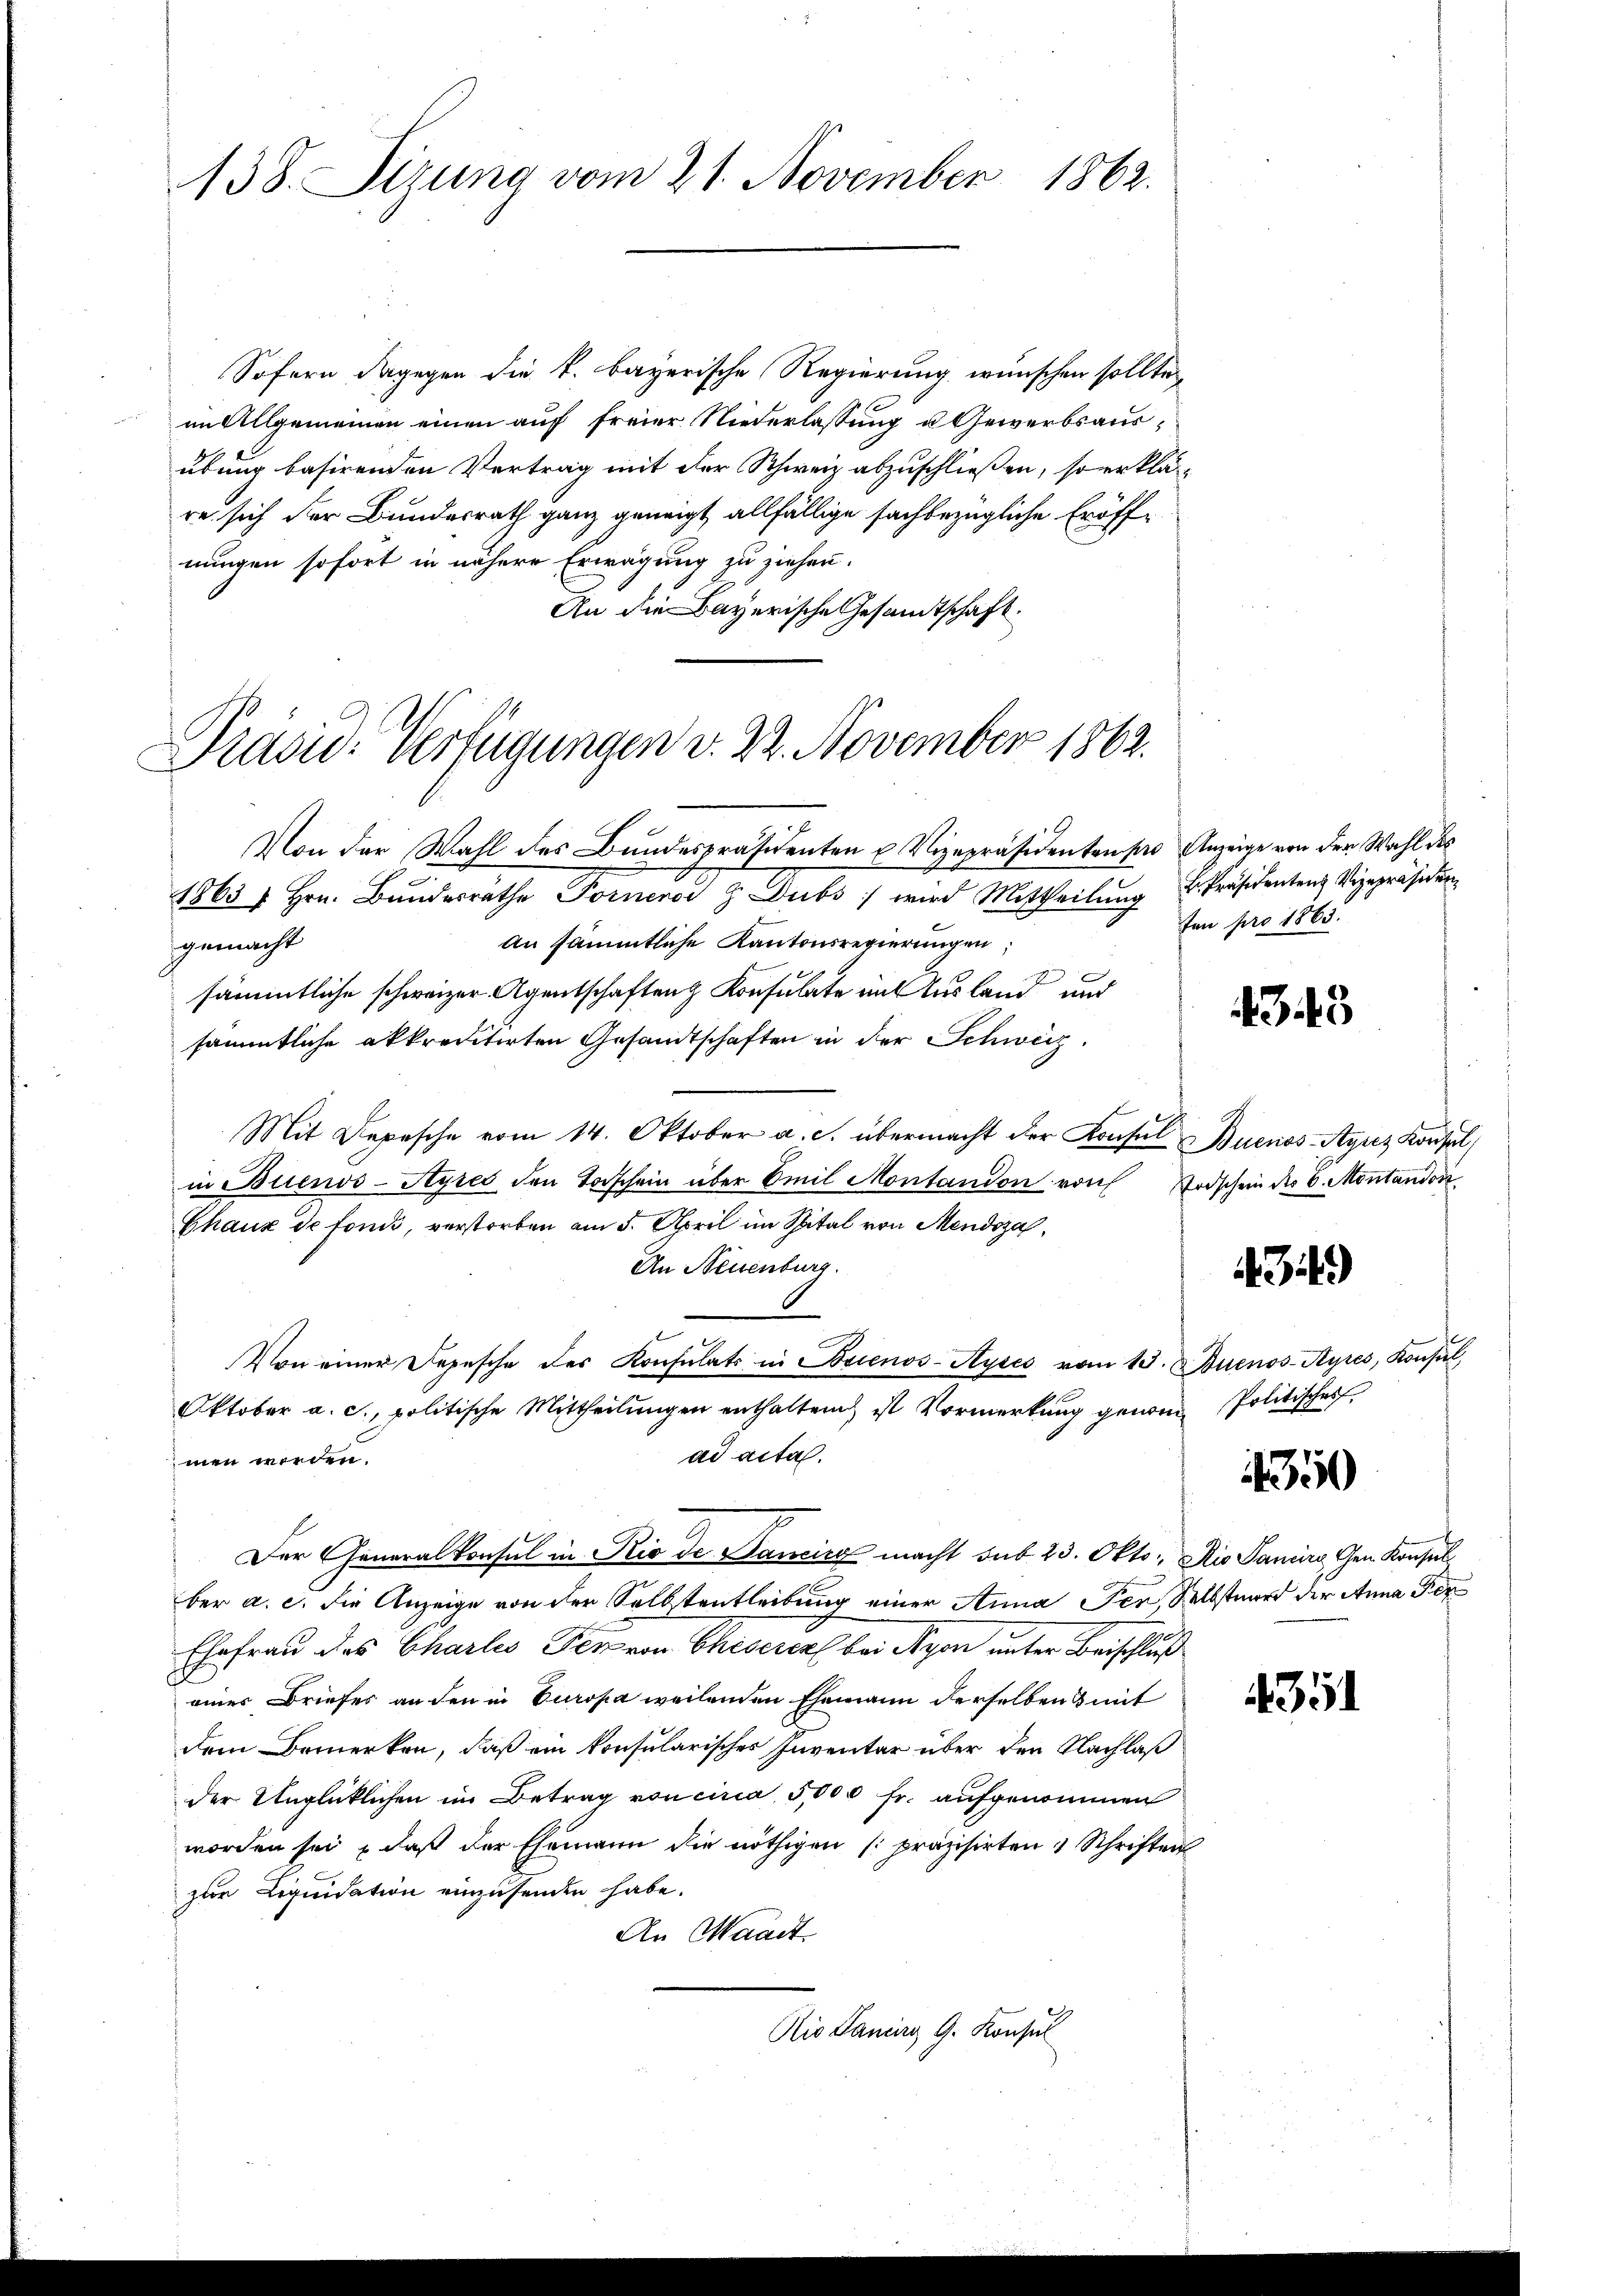
138. Sizung vom 21. November 1862.

Präsid. Verfügungen v. 22. November 1862.

Sofern dagegen die k. bayerische Regierung wünschen sollte,
im Allgemeinen einen auf freier Niederlassung u Gewerbsausübung basirenden Vertrag mit der Schweiz abzuschließen, so erkläre sich der Bundesrath ganz geneigt, allfällige fachbezügliche Eröffnungen sofort in nähere Erwägung zu ziehen.
An die Bayerische Gesandtschaft.
Von der Wahl des Bundespräsidenten u Vizepräsidenten par Anzeige von der Wahl des
1863 / Hrn. Bŭndesräthe Forneros z Dubs wird Mittheilŭng u. Präsidenten Vizepräsiden
An sämmtliche Kantonsregierungen
gemacht
sämmtliche schweizer Agentschaften Konsulate im Ausland und
sämmtliche akkreditirten Gesandtschaften in der Schweiz.
Mit Depesche vom 14. Oktober a. c. übermacht der Konsul Buenos-Ayrez Konsul
in Buenos-Ayres den Todschein über Emil Montandon von Todschein der 6. Montandon
Chaux de tonis, verstorben am 5. April im Spital von Mendoza,
An Neuenburg.
Von einer Depesche des Konsulats in Brienos-Ayres vom 13. Buenos-Ayres, Konsul
Oktober a. c., politische Mittheilŭngen enthalten ist Vormerkŭng genom Politisches
ad acta.
men werden.
Der Generalkonsul in Rio de Dancirt macht sub 23. Okto. Die Panira Gen. Konsul-
ber a. c. die Anzeige von der Selbtentleibung einer Anna Per, Selbstmord der Anna Fer
Ehefrau des Charlis Fen von Chiserer bei Nyon unter Beischluß
eines Briefes an den in Europa weilenden Ehemann derselben & mit
dem Bemerken, daß ein konsularisches Inventar über den Nachlaß
der Unglücklichen im Betrag von circa 5,000 fr. aufgenommen
worden sei, daß der Ehemann die nöthigen präzisirten 1 Schriften
zur Liquidation einzusenden habe.
An Waadt
Aio Sanius G. Konsul

ten pro 1865.

343

434)

350

431